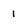
Character: 1